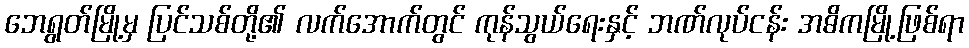
ဘေရွတ်မြို့မှ ပြင်သစ်တို့၏ လက်အောက်တွင် ကုန်သွယ်ရေးနှင့် ဘဏ်လုပ်ငန်း အဓိကမြို့ဖြစ်ရာ